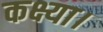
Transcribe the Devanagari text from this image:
कक्ष्या।